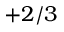
+ 2 / 3